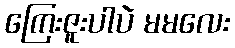
ကြေးဇူးပါပဲ မမလေး